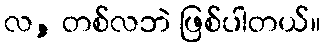
လ, တစ်လဘဲ ဖြစ်ပါတယ်။